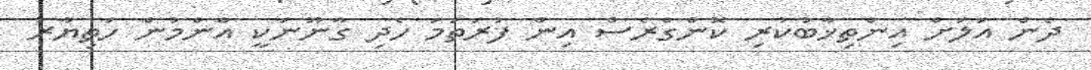
ދެން އަލަށް އިންތިޚާބުކުރި ކޮންގްރެސް އިން ފުރަތަމަ ހެދި ގާނޫނަކީ އާންމުން ހަތިޔާރު